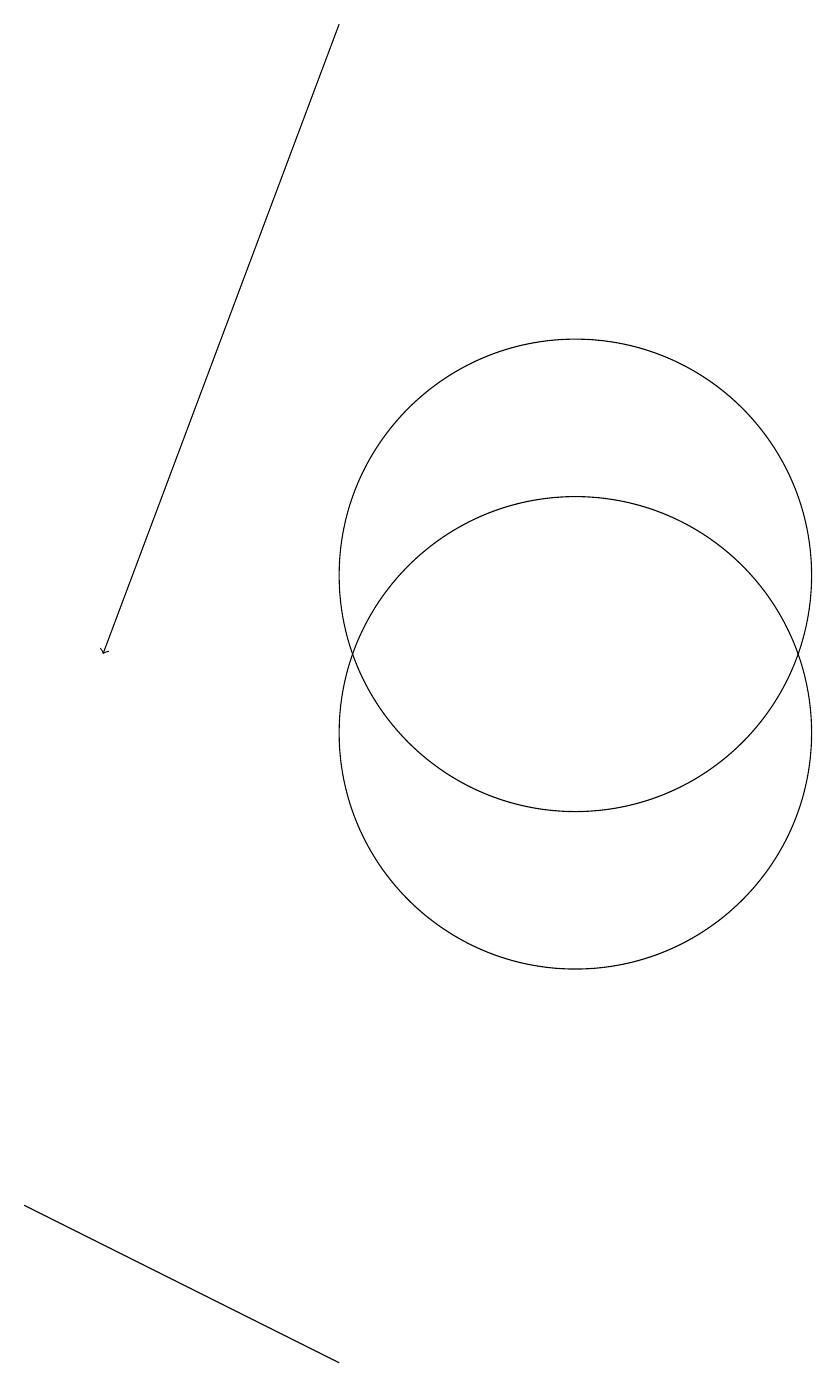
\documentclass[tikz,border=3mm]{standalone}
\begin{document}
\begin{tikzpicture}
\draw (10,12) circle (3);
\draw[->] (7,19) -- (4,11);
\draw (7,2) -- (5,3) -- (3,4) -- cycle;
\draw (10,10) circle (3);
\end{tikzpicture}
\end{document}